Civil Veterinary Dept. Bombay admin report 1923-31 - 1923-1931
Year: 1923
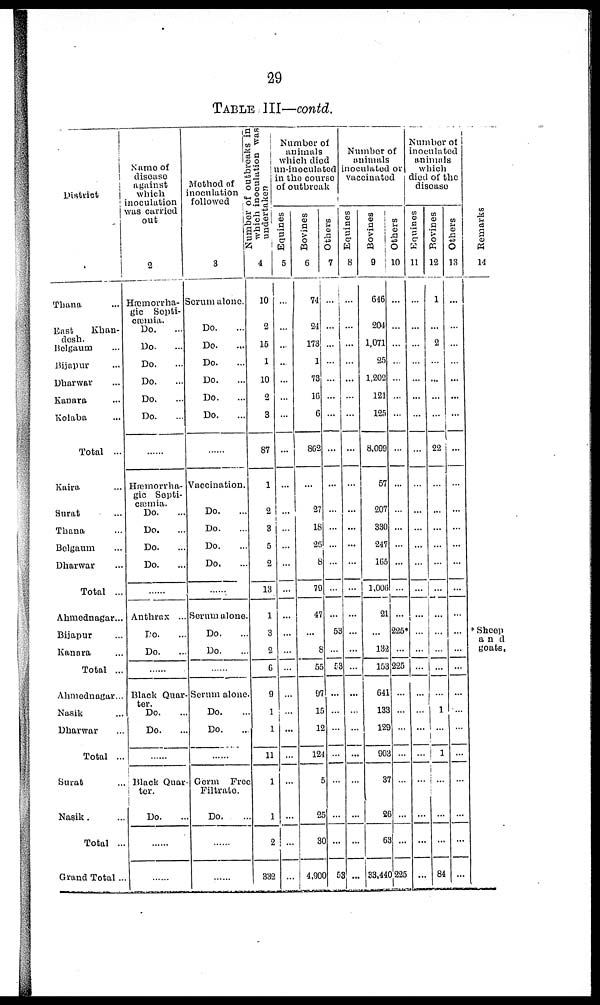
29
TABLE III—contd.
District
Thana...
East
Khan-
desh.
Belgaum ...
Bijapur ...
Dharwar ...
Kannra ...
Kolaba ...
Total ...
Kaira ...
Surat ...
Thana ...
Belgaum ...
Dharwar ...
Total ...
Ahmednagar...
Bijapur ...
Kanara ...
Total ...
Ahmednagar...
Nasik ...
Dharwar ...
Total ...
Surat ...
Nasik . ...
Total ...
Grand Total ..
Name of
discase
against
which
inoculation
was carried
out
2
Hæmorrha-
gic Sopti-
cæmia.
Do. ...
Do. ...
Do. ...
Do. ...
Do. ...
Do. ...
......
Hæmorrha-
gic Septi-
cæmia.
Do. ...
Do. ...
Do. ...
Do. ...
Anthrax ...
Do. ...
Do. ...
Black Quar-
ter.
Do. ...
Do. ...
Black Quar-
ter.
Do. ...
......
......
Method of
inoculation
followed
3
Serum alone.
Do. ...
Do. ...
Do. ...
Do. ...
Do. ...
Do. ...
......
Vaccination
Do. ...
Do. ...
Do. ...
Do. ...
Serum alone
Do. ...
Do. ...
Serum alone
Do. ...
Do. ...
Germ Free
Filtrate.
Do. ...
......
......
Number of outbreaks in
which inoculation was
undertaken
4
10
2
15
1
10
2
3
87
1
2
3
5
2
13
1
3
2
6
9
1
1
11
1
1
2
332
Number of
animals
which died
in-inoculated
in the course
of outbreak
Equines
5
...
...
...
...
...
...
...
...
...
...
...
...
...
...
...
...
...
...
...
......
...
...
...
...
...
...
Bovines
6
74
24
173
1
73
16
6
862
...
27
18
25
8
70
47
...
8
55
67
15
15
124
1
25
3
4,00
Others
7
...
...
...
...
...
...
...
...
...
...
...
...
...
...
...
53
...
53
...
...
...
...
...
...
...
53
Number of
animals
inoculated or
vaccinated
Equines
8
...
...
...
...
...
...
...
...
...
...
...
...
...
...
...
...
...
...
...
...
...
...
...
...
...
3 ...
Bovines
9
646
201
1.071
25
1,202
121
125
8,099
57
207
330
247
165
1,006
21
...
132
153
641
133
129
903
37
26
63
33,440
Others
10
...
...
...
...
...
...
...
...
...
...
...
...
...
...
...
225*
...
225
...
...
...
...
...
...
3 ...
3,225
Number of
inoculated
animals
which
died of the
discase
Equines
11
...
...
...
...
...
...
...
...
...
...
...
...
...
...
...
...
...
...
...
...
...
...
...
...
...
...
Bovines
12
1
...
2
...
...
...
...
22
...
...
...
...
...
...
...
...
...
...
...
1
...
1
...
...
...
84
Others
13
...
...
...
...
...
...
...
...
...
...
...
...
...
...
...
...
...
...
...
...
...
...
...
...
...
...
Remarks
14
*Sheep
and
goats,